Madras plague regulations and rules for the city of Madras
Disease focus: Plague
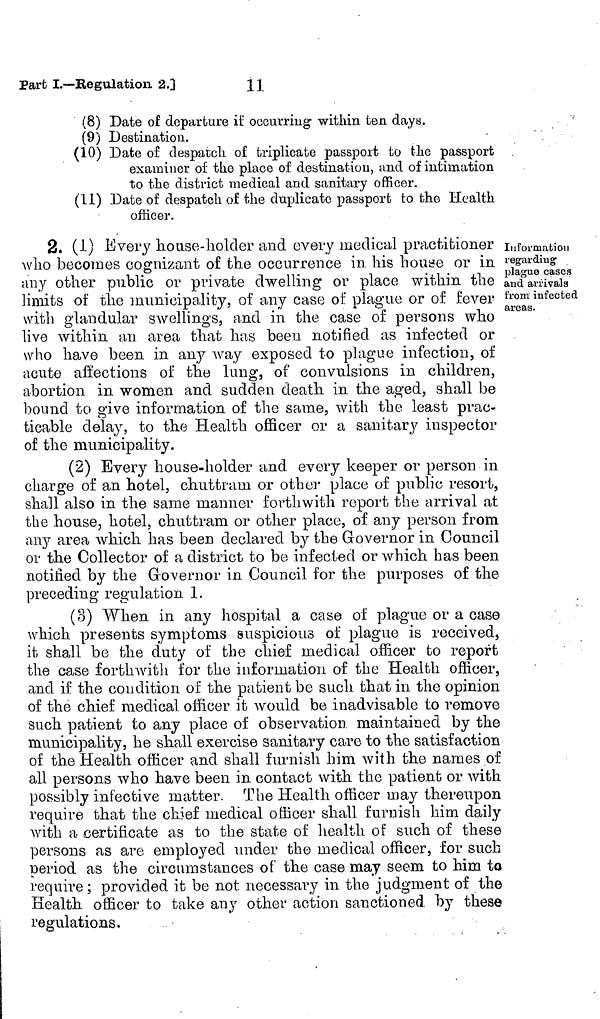
(8) Date of departure if occurring within ten days.
(9) Destination.
(10) Date of despatch of triplicate passport to the passport
examiner of the place of destination, and of intimation
to the district medical and sanitary officer.
(11) Date of despatch of the duplicate passport to the Health
officer.
Information
regarding
plague cases
and arrivals
from infected
areas.
2. (1) Every house-holder and every medical practitioner ;
who becomes cognizant of the occurrence in his house or in
any other public or private dwelling or place within the
limits of the municipality, of any case of plague or of fever
with glandular swellings, and in the case of persons who
live within an area that has been notified as infected or
who have been in any way exposed to plague infection, of
acute affections of the lung, of convulsions in children,
abortion in women and sudden death in the aged, shall be
bound to give information of the same, with the least prac-
ticable delay, to the Health officer or a sanitary inspector
of the municipality.
(2) Every house-holder and every keeper or person in
charge of an hotel, chuttram or other place of public resort,
shall also in the saine manner forthwith report the arrival at
the house, hotel, chuttram or other place, of any person from
any area which has been declared by the Governor in Council
or the Collector of a district to be infected or which has been
notified by the Governor in Council for the purposes of the
preceding regulation 1.
(3) When in any hospital a case of plague or a case
which presents symptoms suspicious of plague is received,
it shall be the duty of the chief medical officer to report
the case forthwith for the information of the Health officer,
and if the condition of the patient be such that in. the opinion
of the chief medical officer it would be inadvisable to remove
such patient to any place of observation maintained by the
municipality, he shall exercise sanitary care to the satisfaction
of the Health officer and shall furnish him with the names of
all persons who have been in contact with the patient or with
possibly infective matter. The Health officer may thereupon
require that the chief medical officer shall furnish him daily
with a certificate as to the state of health of such of these
persons as are employed under the medical officer, for such
period as the circumstances of the case may seem to him to
require ; provided it be not necessary in the judgment of the
Health officer to take any other action sanctioned by these
regulations.